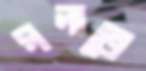
গলাতে